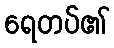
ရေတပ်၏